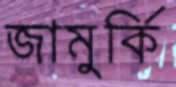
জামুর্কি